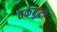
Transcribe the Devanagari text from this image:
तर्कबुद्धी